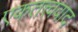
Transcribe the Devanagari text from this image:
एकतत्त्ववाद